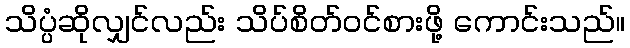
သိပ္ပံဆိုလျှင်လည်း သိပ်စိတ်ဝင်စားဖို့ ကောင်းသည်။